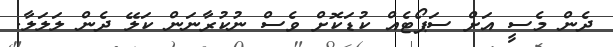
ދެން މެސީ އަށް ސަޕޯޓެއް ކުޑަކޮށް ވެސް ނުކުރާނަން ކަލޭ ދެން ލަލަލާ.